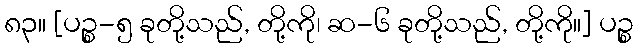
၈၃။ [ပဉ္စ-၅ ခုတို့သည်, တို့ကို၊ ဆ-၆ ခုတို့သည်, တို့ကို။] ပဉ္စ